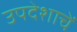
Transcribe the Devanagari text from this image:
उपदेशाचें